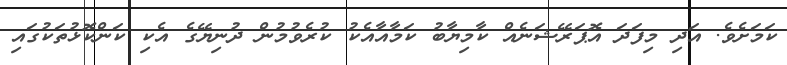
ކަމަށެވެ. އަދި މިފަދަ އޮޕަރޭޝަނެއް ކާމިޔާބު ކަމާއާއެކު ކުރެވުމުން ދުނިޔޭގެ އެކި ކަންކޮޅުތަކުގައި